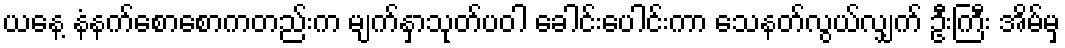
ယနေ့ နံနက်စောစောကတည်းက မျက်နှာသုတ်ပဝါ ခေါင်းပေါင်းကာ သေနတ်လွယ်လျှက် ဦးကြီး အိမ်မှ